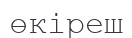
өкіреш